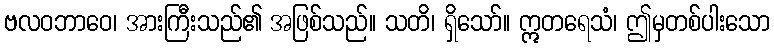
ဗလဝဘာဝေ၊ အားကြီးသည်၏ အဖြစ်သည်။ သတိ၊ ရှိသော်။ ဣတရေသံ၊ ဤမှတစ်ပါးသော